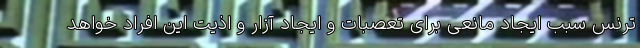
ترنس سبب ایجاد مانعی برای تعصبات و ایجاد آزار و اذیت این افراد خواهد